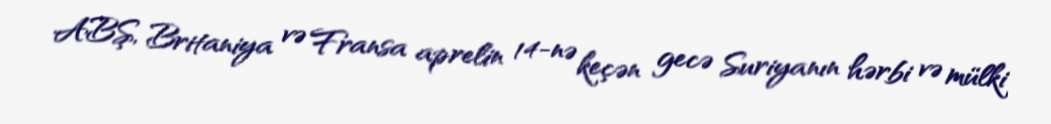
ABŞ, Britaniya və Fransa aprelin 14-nə keçən gecə Suriyanın hərbi və mülki